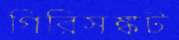
গিরিসঙ্কট